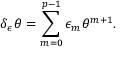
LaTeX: \delta _ { \epsilon } \theta = \sum _ { m = 0 } ^ { p - 1 } \epsilon _ { m } \theta ^ { m + 1 } .